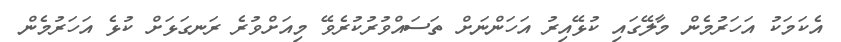
އެކަމަކު އަހަރުމެން މާލޭގައި ކުޅޭއިރު އަހަންނަށް ތަސައްވުރުކުރެވޭ މިއަށްވުރެ ރަނގަޅަށް ކުޅެ އަހަރުމެން